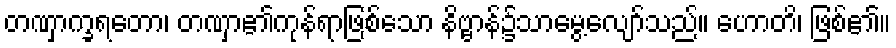
တဏှာက္ခရတော၊ တဏှာ၏ကုန်ရာဖြစ်သော နိဗ္ဗာန်၌သာမွေ့လျော်သည်။ ဟောတိ၊ ဖြစ်၏။